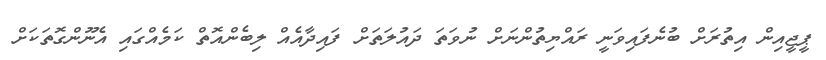
ޕީޖީއިން އިތުރަށް ބުނެފައިވަނީ ރައްޔިތުންނަށް ނުވަތަ ދައުލަތަށް ފައިދާއެއް ލިބެންއޮތް ކަމެއްގައި އެނޫންގޮތަކަށް